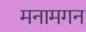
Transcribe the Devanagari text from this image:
मनामगन